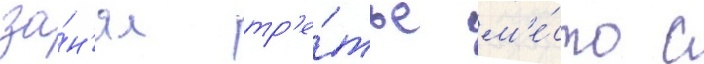
за́н'ял тр'е́тье м'е́сто с